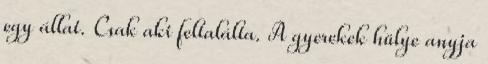
egy állat. Csak aki feltalálta. A gyerekek hülye anyja